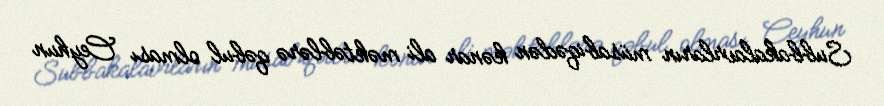
Subbakalavrların müsabiqədən kənar ali məktəblərə qəbul olması Ceyhun